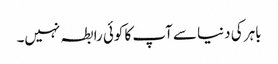
باہر کی دنیا سے آپ کا کوئی رابطہ نہیں۔